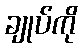
ချုပ်ကို